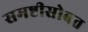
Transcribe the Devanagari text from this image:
समष्टीसोबत